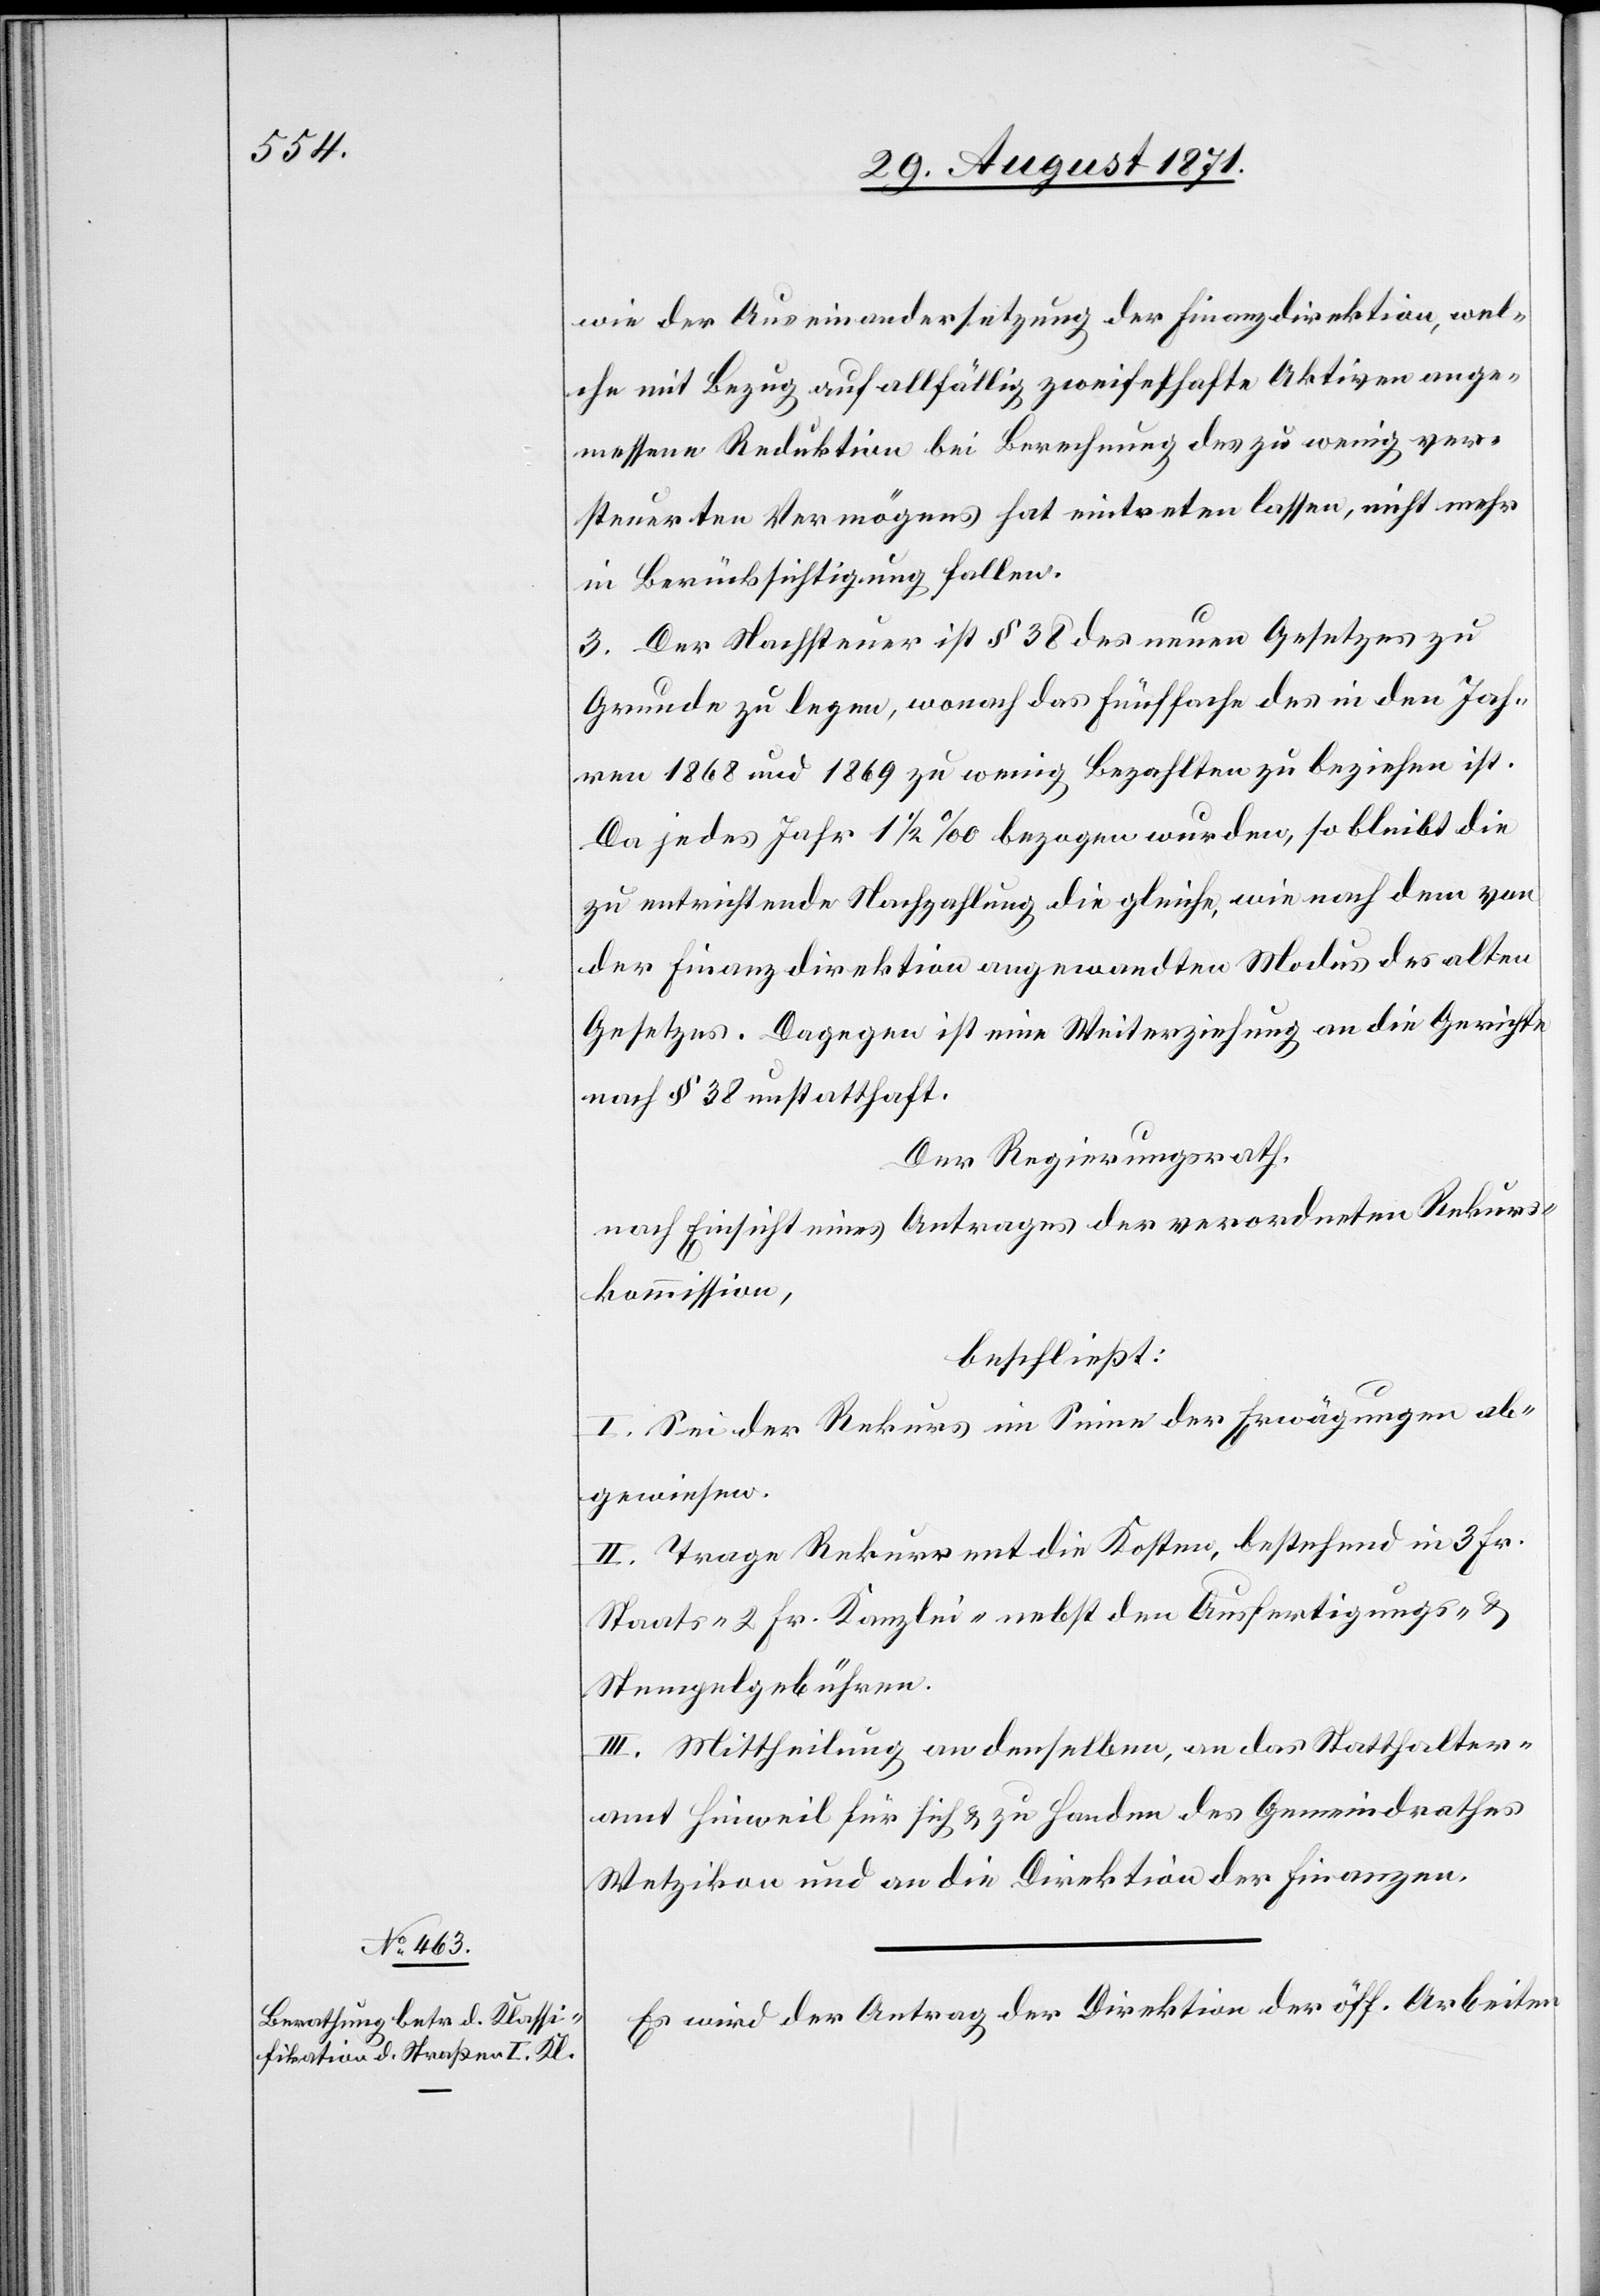
wie der Auseinandersetzung der Finanzdirektion, wel¬
che mit Bezug auf allfällig zweifelhafte Aktionen ange¬
messene Reduktion bei Berechnung des zu wenig ver¬
steuerten Vermögens hat eintreten lassen, nicht mehr
in Berücksichtigung fallen.
3. Der Nachsteuer ist § 38 des neuen Gesetzes zu
Grunde zu legen, wonach das fünffache des in den Jah¬
ren 1868 und 1869 zu wenig bezahlten zu beziehen ist.
Da jedes Jahr 1 1/2 ‰ bezogen wurden, so bleibt die
zu entrichtende Nachzahlung die gleiche, wie nach dem von
der Finanzdirektion angewandten Modus des alten
Gesetzes. Dagegen ist eine Weiterziehung an die Gerichte
nach § 38 unstatthaft.
Der Regierungsrath,
nach Einsicht eines Antrages der verordneten Rekurs¬
kommission,
beschließt:
I. Sei der Rekurs im Sinne der Erwägungen ab¬
zuweisen.
II. Trage Rekurrent die Kosten, bestehend in 3 Fr.
Staats-[,] 2 Fr. Kanzlei-[,] nebst den Ausfertigungs- &
Stempelgebühren.
III. Mittheilung an denselben, an das Statthalter¬
amt Hinweil für sich & zu Handen des Gemeindrathes
Wetzikon und an die Direktion der Finanzen.
Es wird der Antrag der Direktion der öff. Arbeiten